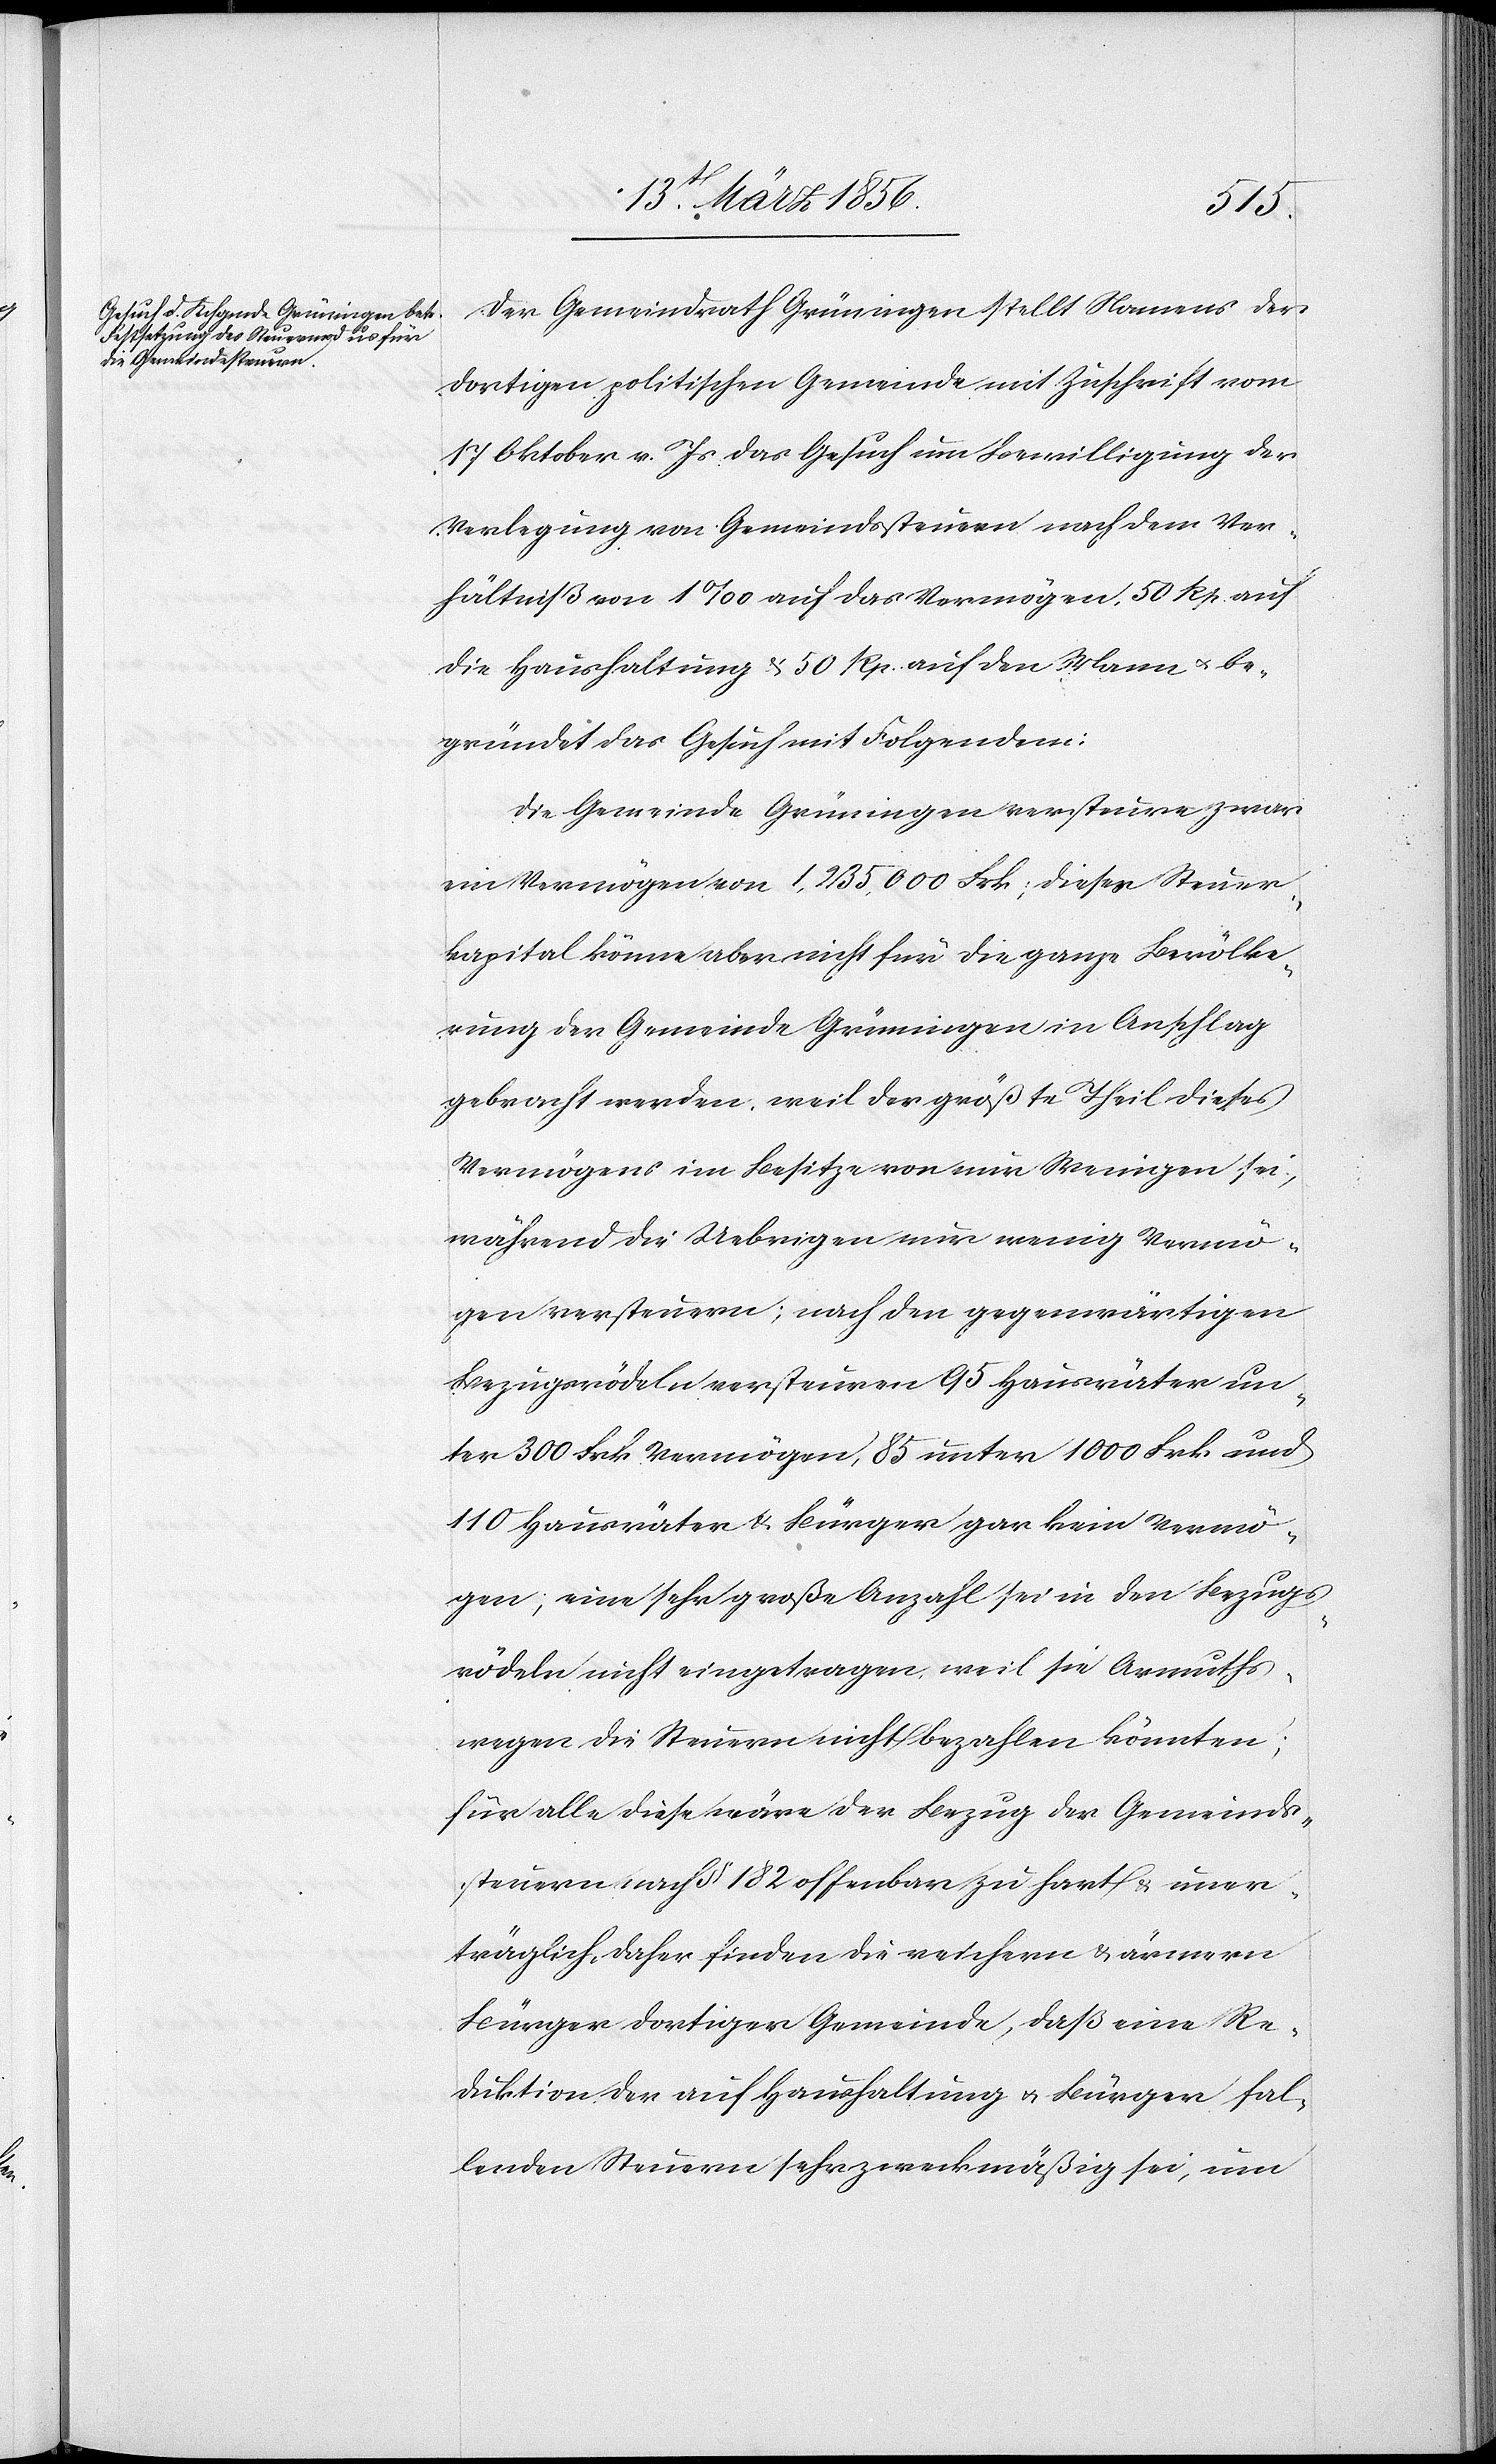
Der Gemeindrath Grüningen stellt Namens der
dortigen politischen Gemeinde mit Zuschrift vom
17 Oktober v. Js das Gesuch um Bewilligung der
Verlegung von Gemeindssteuern nach dem Ver¬
hältniß von 1‰ auf das Vermögen, 50 Rp. auf
die Haushaltung & 50 Rp. auf den Mann u. be¬
gründet das Gesuch mit Folgendem:
Die Gemeinde Grüningen versteure zwar
ein Vermögen von 1,253,000 Frk; dieses Steuer¬
kapital könne aber nicht für die ganze Bevölke¬
rung der Gemeinde Grüningen in Anschlag
gebracht werden, weil der größte Theil dieses
Vermögens im Besitze von nur Wenigen sei,
während die Uebrigen nur wenig Vermö¬
gen versteuern; nach den gegenwärtigen
Bezugsrödeln versteuren 95 Hausräter un¬
ter 300 Frk. Vermögen, 85 unter 1000 Frk und
110 Hausräter & Bürger gar kein Vermö¬
gen; eine sehr große Anzahl sei in den Bezugs¬
rödeln nicht eingetragen, weil sie Armuths¬
wegen die Steuern nicht bezahlen könnten;
für alle diese wäre der Bezug der Gemeinds¬
steuern nach § 182 offenbar zu hart & uner¬
träglich, daher finden die reichern & ärmern
Bürger dortiger Gemeinde, daß eine Re¬
duktion der auf Haushaltung u. Bürger fal¬
lenden Steuern sehr zweckmäßig sei, um